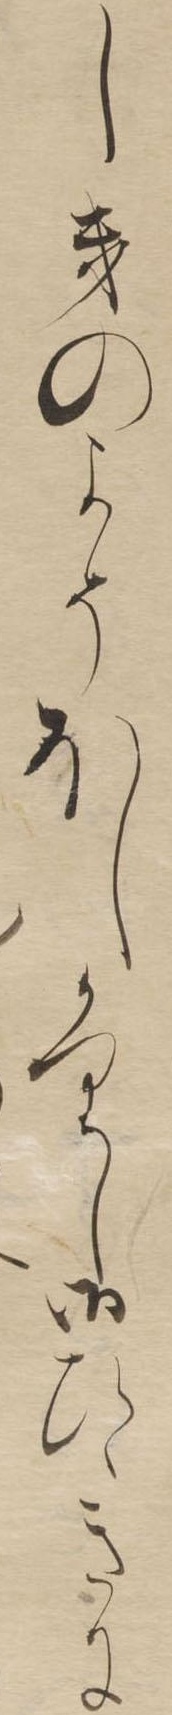
しきのよそほしかりし御ひゝきに